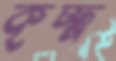
কৃচ্ছ্র